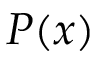
P ( x )